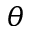
\theta